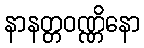
နာနတ္တဝဏ္ဏိနော